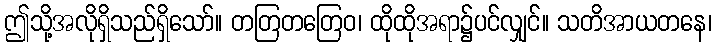
ဤသို့အလိုရှိသည်ရှိသော်။ တတြတတြေဝ၊ ထိုထိုအရာ၌ပင်လျှင်။ သတိအာယတနေ၊